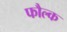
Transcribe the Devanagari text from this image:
फौल्क